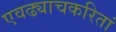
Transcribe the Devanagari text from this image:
एवढ्याचकरितां